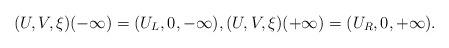
LaTeX: \begin{align*}(U, V, \xi)(-\infty)=(U_L, 0, -\infty), (U, V, \xi)(+\infty)=(U_R, 0, +\infty).\end{align*}